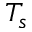
T _ { s }